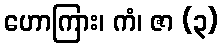
ဟောကြား၊ ကံ၊ ဇာ (၃)